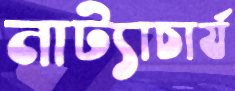
নাট্যাচার্য